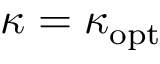
\kappa = \kappa _ { \mathrm { o p t } }